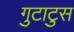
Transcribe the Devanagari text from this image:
गुटाटुस